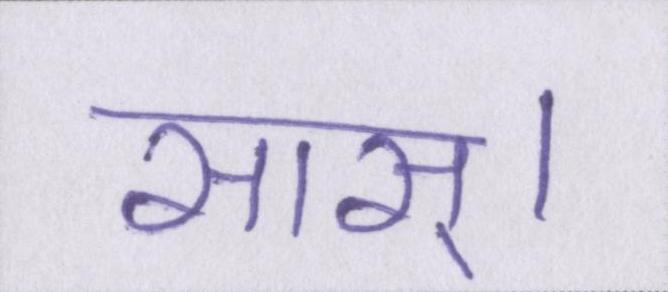
सास्।